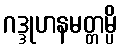
ဂဒ္ဒုဟနမတ္တမ္ပိ